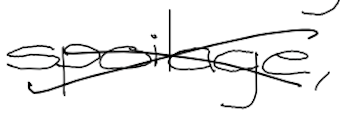
Text: spoilage,
Cross-out: mix
Writing tool: digital_black